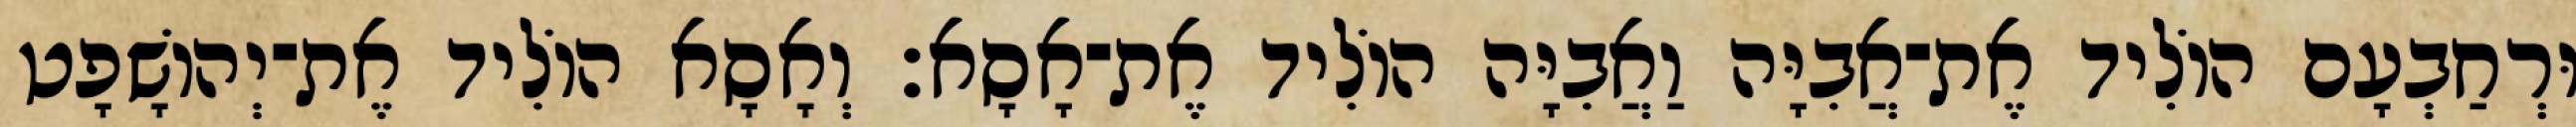
וּרְחַבְעָם הוֹלִיד אֶת־אֲבִיָּה וַאֲבִיָּה הוֹלִיד אֶת־אָסָא׃ וְאָסָא הוֹלִיד אֶת־יְהוֹשָׁפָט